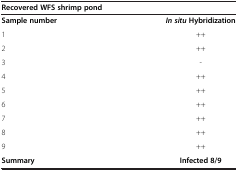
<table><thead><tr><td colspan="2"><b>Recovered WFS shrimp pond</b></td></tr></thead><tbody><tr><td><b>Sample number</b></td><td><b><i>In situ </i></b><b>Hybridization</b></td></tr><tr><td>1</td><td>++</td></tr><tr><td>2</td><td>++</td></tr><tr><td>3</td><td>-</td></tr><tr><td>4</td><td>++</td></tr><tr><td>5</td><td>++</td></tr><tr><td>6</td><td>++</td></tr><tr><td>7</td><td>++</td></tr><tr><td>8</td><td>++</td></tr><tr><td>9</td><td>++</td></tr><tr><td><b>Summary</b></td><td><b>Infected 8/9</b></td></tr></tbody></table>